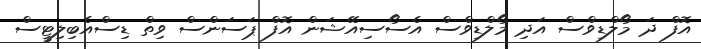
އޮފް ދަ މޯލްޑިވްސް އަދި މޯލްޑިވްސް އެސޯސިއޭޝަން އޮފް ޕަސަންސް ވިތް ޑިސްއެބިލިޓީސް